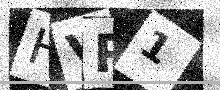
Text: HVR1